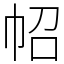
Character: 𢁾